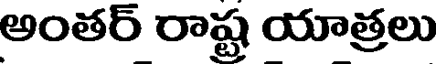
అంతర్ రాష్ట్ర యాత్రలు